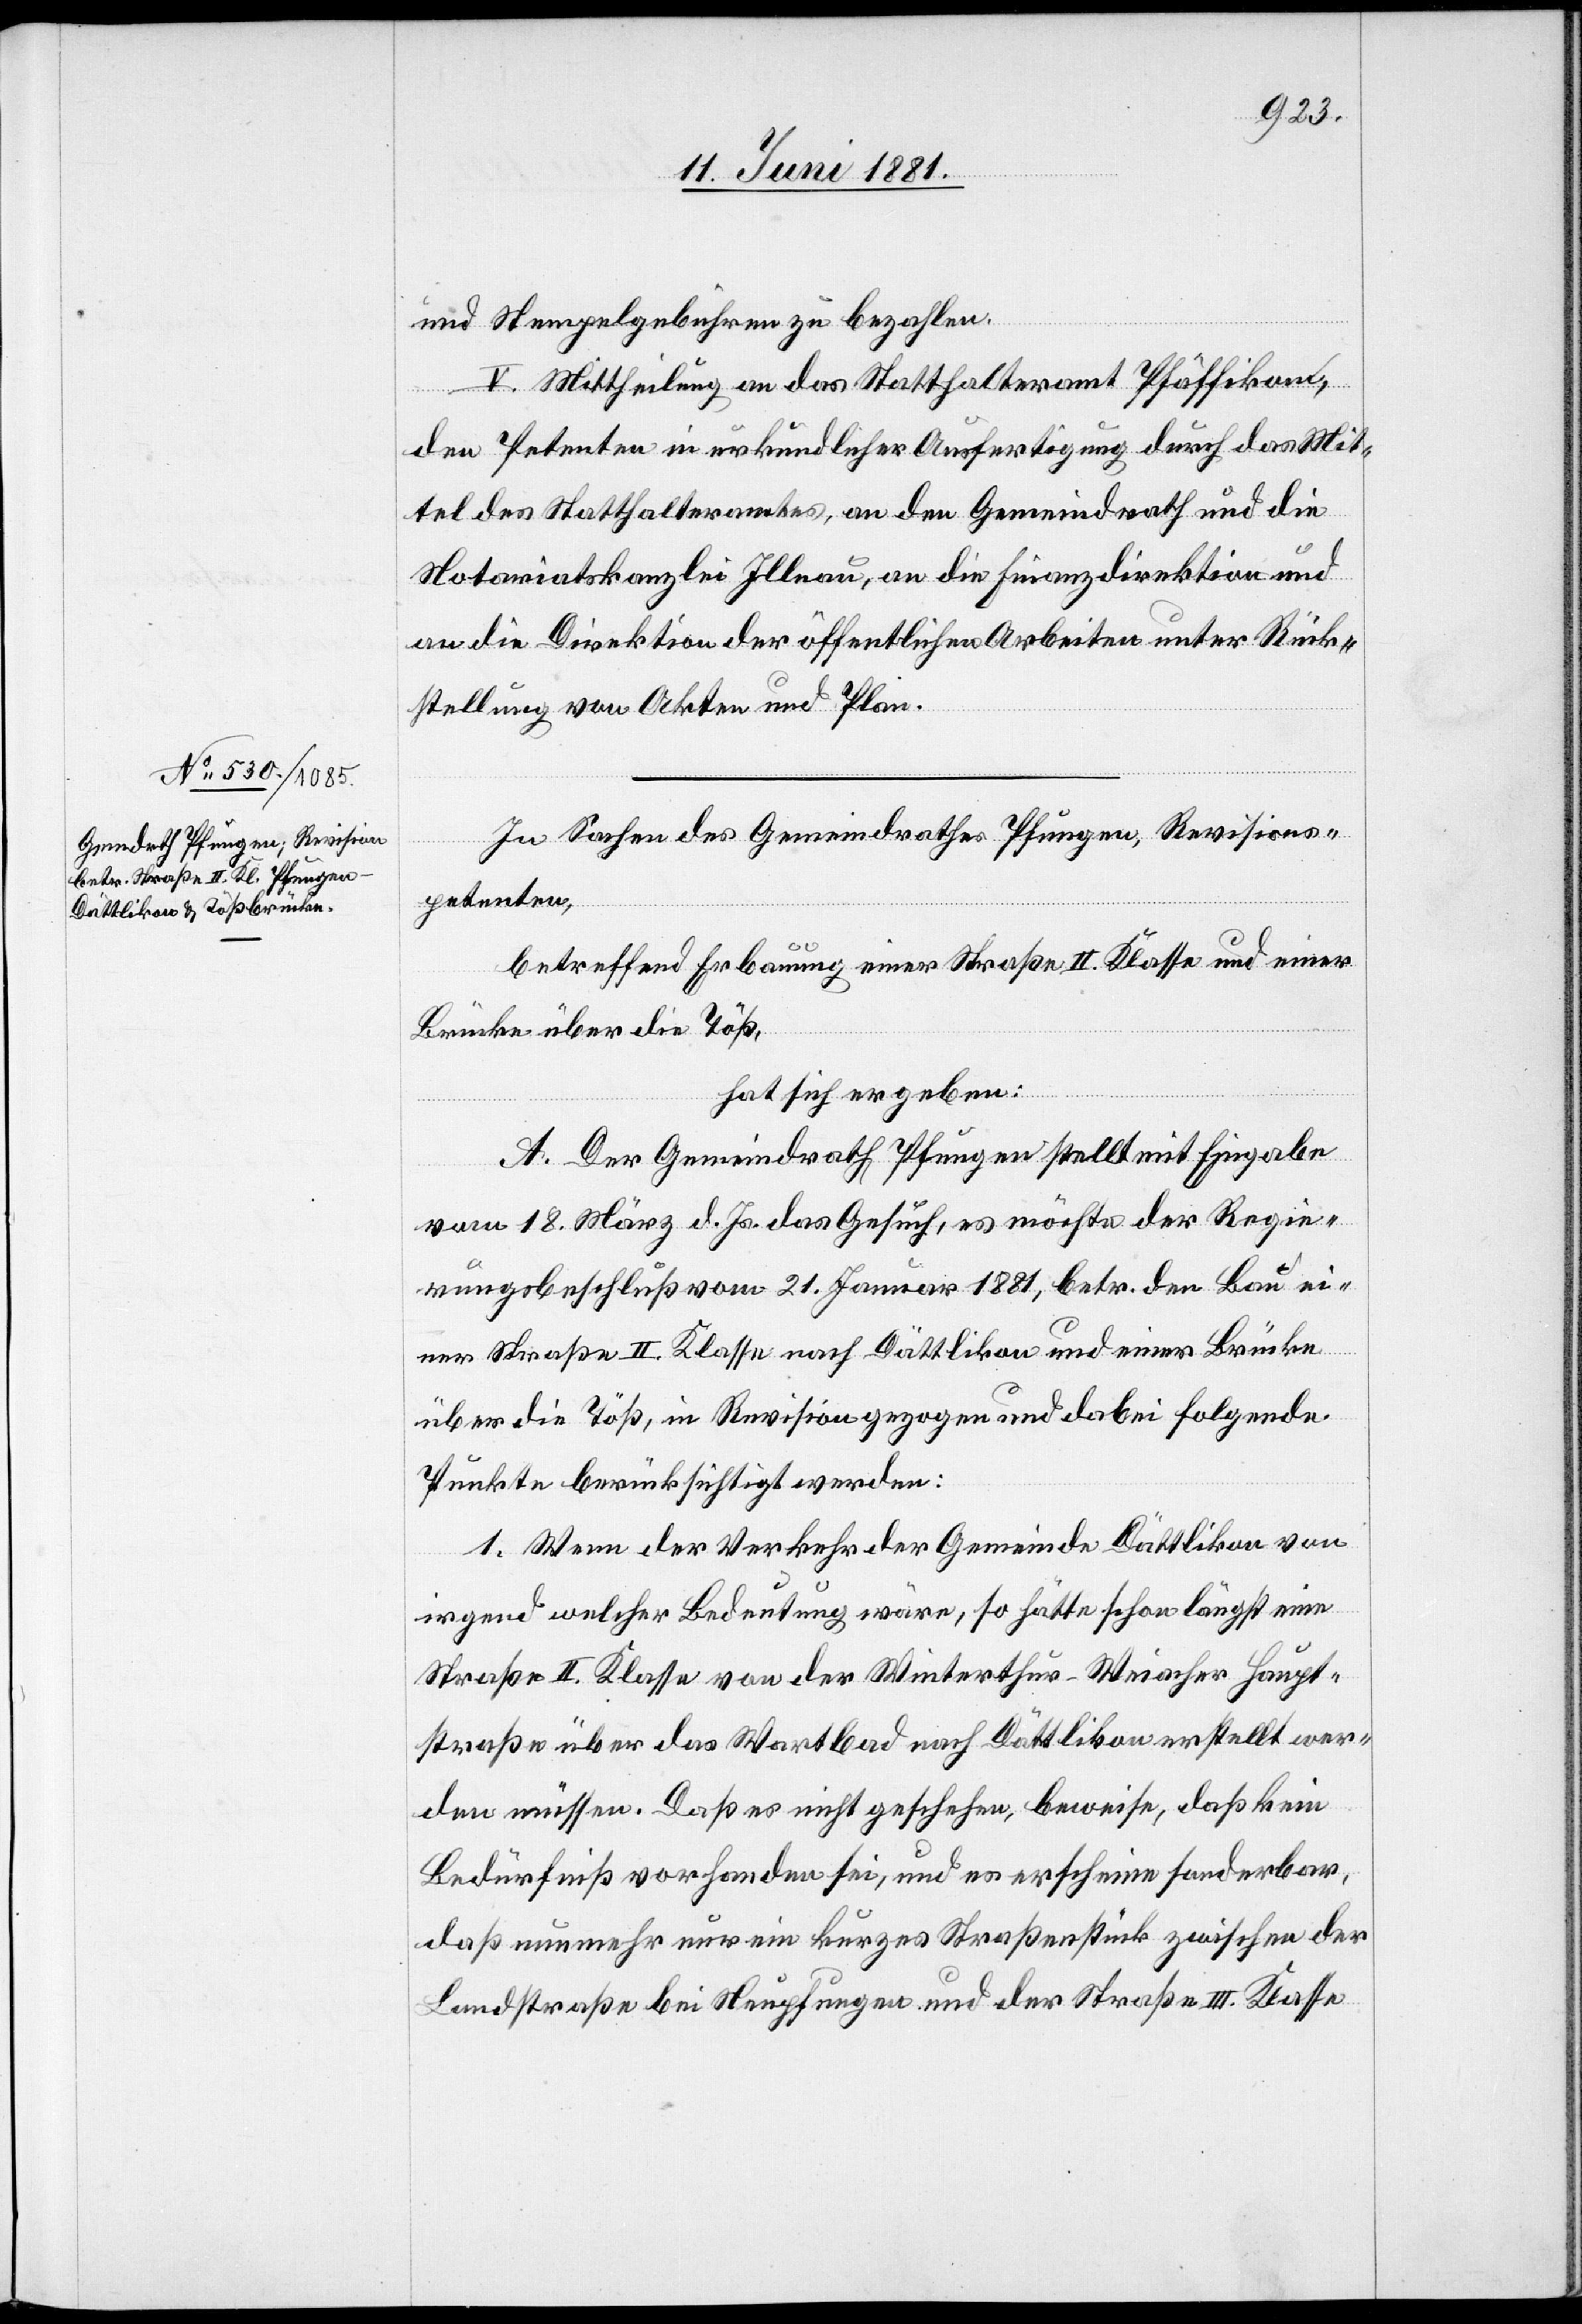
und Stempelgebühren zu bezahlen.
V. Mittheilung an das Statthalteramt Pfäffikon,
den Petenten in urkundlicher Ausfertigung durch das Mit¬
tel des Statthalteramtes, an den Gemeindrath und die
Notariatskanzlei Illnau, an die Finanzdirektion und
an die Direktion der öffentlichen Arbeiten unter Rück¬
stellung der Akten und Plan.
In Sachen des Gemeindrathes Pfungen, Revisions¬
petenten,
betreffend Erbauung einer Straße II. Klasse und einer
Brücke über die Töß,
hat sich ergeben:
A. Der Gemeindrath Pfungen stellt mit Eingabe
vom 18. März d. Js. das Gesuch, es möchte der Regie¬
rungsbeschluß vom 21. Januar 1881, betr. den Bau ei¬
ner Straße II. Klasse nach Dättlikon und einer Brücke
über die Töß, in Revision gezogen und dabei folgende
Punkte berücksichtigt werden:
1. Wenn der Verkehr der Gemeinde Dättlikon von
irgend welcher Bedeutung wäre, so hätte schon längst eine
Straße II. Klasse von der Winterthur–Weiacher Haupt¬
straße über das Wartbad nach Dättlikon erstellt wer¬
den müssen. Daß es nicht geschehen, beweise, daß kein
Bedürfniß vorhanden sei, und es erscheine sonderbar,
daß nunmehr nur ein kurzes Straßenstück zwischen der
Landstraße bei Neupfungen und der Straße III. Klasse